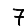
Digit: 7